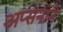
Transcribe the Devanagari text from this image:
अप्सनाने